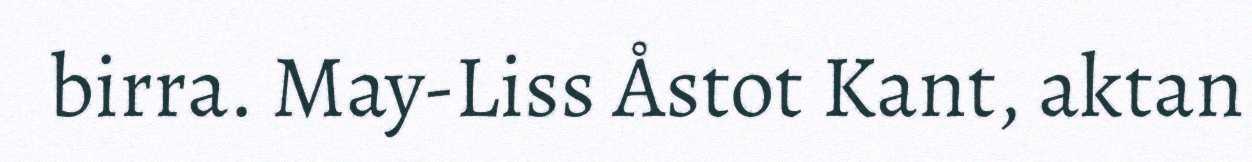
birra. May-Liss Åstot Kant, aktan